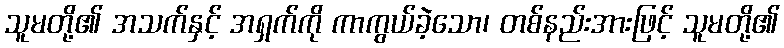
သူမတို့၏ အသက်နှင့် အရှက်ကို ကာကွယ်ခဲ့သော၊ တစ်နည်းအားဖြင့် သူမတို့၏